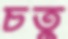
চতু